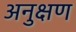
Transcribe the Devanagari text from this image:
अनुक्षण